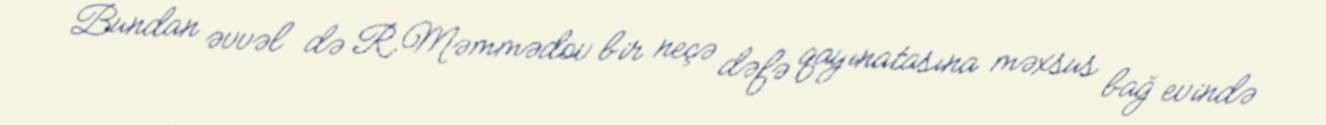
Bundan əvvəl də R.Məmmədov bir neçə dəfə qayınatasına məxsus bağ evində